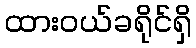
ထားဝယ်ခရိုင်ရှိ